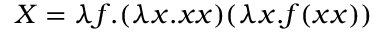
X = \lambda f . ( \lambda x . x x ) ( \lambda x . f ( x x ) )